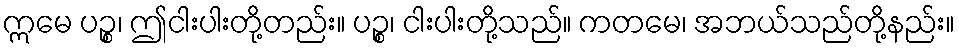
ဣမေ ပဉ္စ၊ ဤငါးပါးတို့တည်း။ ပဉ္စ၊ ငါးပါးတို့သည်။ ကတမေ၊ အဘယ်သည်တို့နည်း။